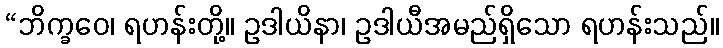
“ဘိက္ခဝေ၊ ရဟန်းတို့။ ဥဒါယိနာ၊ ဥဒါယီအမည်ရှိသော ရဟန်းသည်။